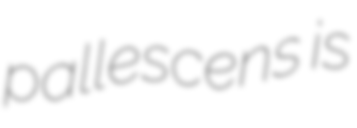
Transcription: pallescens is